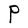
Character: P